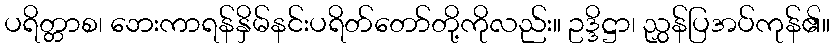
ပရိတ္တာစ၊ ဘေးကာရန်နှိမ်နင်းပရိတ်တော်တို့ကိုလည်း။ ဥဒ္ဒိဋ္ဌာ၊ ညွှန်ပြအပ်ကုန်၏။